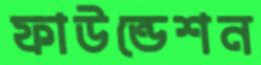
ফাউন্ডেশন